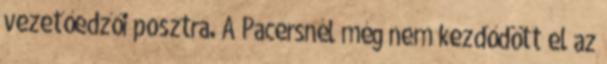
vezetőedzői posztra. A Pacersnél még nem kezdődött el az